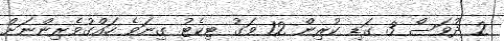
2 ދުވަސް 3 ގަޑި ކުރިން 12 ވަގު ޓިކެޓު ގިނަވެ ހައްގުވެރިންނަށް